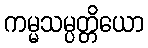
ကမ္မသမ္ပတ္တိယော